Vaccination in Bombay 1869-1873 - 1869-1873
Year: 1869
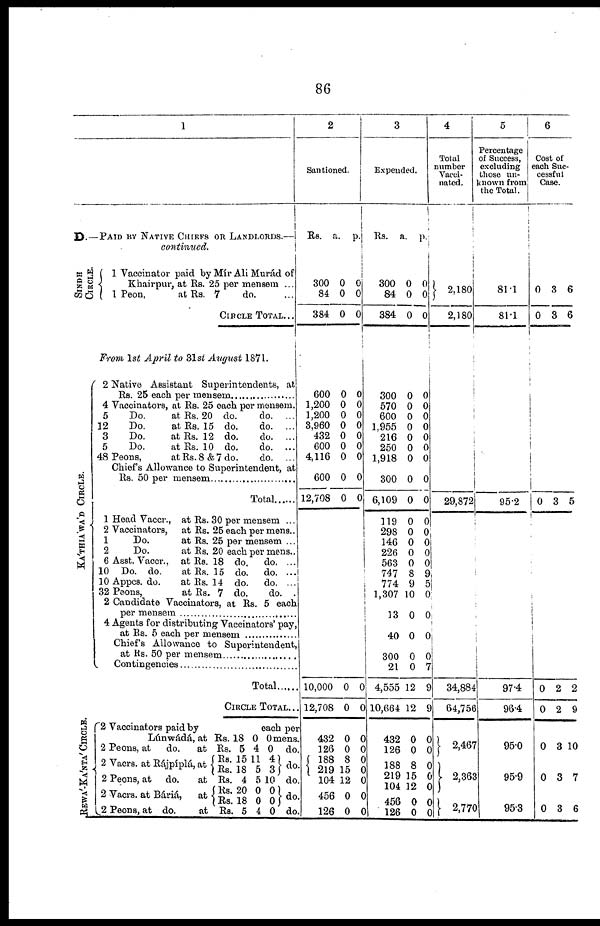
86
1
D.—PAID BY NATIVE CHIEFS OR LANDLORDS.—
continued.
SINDH
CIRCLE.
KA'THIAWAD CIRCLE.
REWA'-KA'NTA' CIRCLE.
1 Vaccinator paid by Mír Ali Murád of
Khairpur, at Rs. 25 per mensem ...
1 Peon,
at Rs. 7
do. ...
CIRCLE TOTAL...
From 1st April to 31st August 1871.
2 Native Assistant Superintendents, at
Rs. 25 each per mensem .....................
4 Vaccinators, at Rs. 25 each per mensem.
5
Do.
at Rs. 20 do.
do. ...
12
Do.
at Rs. 15 do.
do. ...
3
Do.
at Rs. 12 do.
do. ...
5
Do.
at Rs. 10 do.
do. ...
48 Peons,
at Rs. 8 &7 do.
do. ...
Chief's Allowance to Superintendent, at
Rs. 50 per mensem ........................
Total ........
1 Head Vaccr., at Rs. 30 per mensem ...
2 Vaccinators,
at Rs. 25 each per mens..
1
Do.
at Rs. 25 per mensem ...
2
Do.
at Rs. 20 each per mens..
6 Asst. Vaccr., at Rs. 18 do.
do. ...
10 Do. do.
at Rs. 15 do.
do. ...
10 Appcs. do.
at Rs. 14 do.
do. ...
32 Peons,
at Rs. 7 do.
do. .
2 Candidate Vaccinators, at Rs. 5 each
per
mensem.....................
4 Agents for distributing Vaccinators' pay,
at Rs. 5 each per mensem ...............
Chief's Allowance to Superintendent,
at Rs. 50 per
mensem...............
Contingencies........................
Total ......
CIRCLE TOTAL...
2 Vaccinators paid by
each per
Lúnwádá, at Rs. 18 0 0 mens.
2 Peons, at
do.
at Rs.
2 Vacrs. at Rájpíplá, at
2 Peons, at
do.
at
2 Vacrs. at Báriá,
at
2 Peons, at do.
at
Rs.
Rs.
Rs.
Rs.
Rs.
Rs
5
15
18
4
20
18
5
4
11
5
5
0
0
4
0 do.
4
3
10
0
0
0
do.
do.
do.
do
2
Santioned.
Rs.
300
84
384
a.
0
0
0
p.
0
0
0
600
1,200
1,200
3,960
432
600
4,116
600
12,708
0
0
0
0
0
0
0
0
0
0
0
0
0
0
0
0
0
0
10,000
12,708
432
126
188
219
104
456
126
0
0
0
0
8
15
12
0
0
0
0
0
0
0
0
0
0
0
3
Expended.
Rs.
300
84
384
a.
0
0
0
p.
0
0
0
300
570
600
1,955
216
250
1,918
300
6,109
119
298
146
226
563
747
774
1,307
13
40
300
21
4,555
10,664
432
126
188
219
104
456
126
0
0
0
0
0
0
0
0
0
0
0
0
0
0
8
9
10
0
0
0
0
12
12
0
0
8
15
12
0
0
0
0
0
0
0
0
0
0
0
0
0
0
0
0
9
5
0
0
0
0
7
9
9
0
0
0
0
0
0
0
4
Total
number
Vacci-
nated.
2,180
2,180
29,872
34,884
64,756
2,467
2,363
2,770
5
Percentage
of Success,
excluding
those un¬
known from
the Total.
81.1
81.1
95.2
97.4
96.4
95.0
95.9
95.3
6
Cost of
each Suc-
cessful
Case.
0
0
3
3
6
6
0 3 5
0
0
0
0
0
2
2
3
3
3
2
9
10
7
6